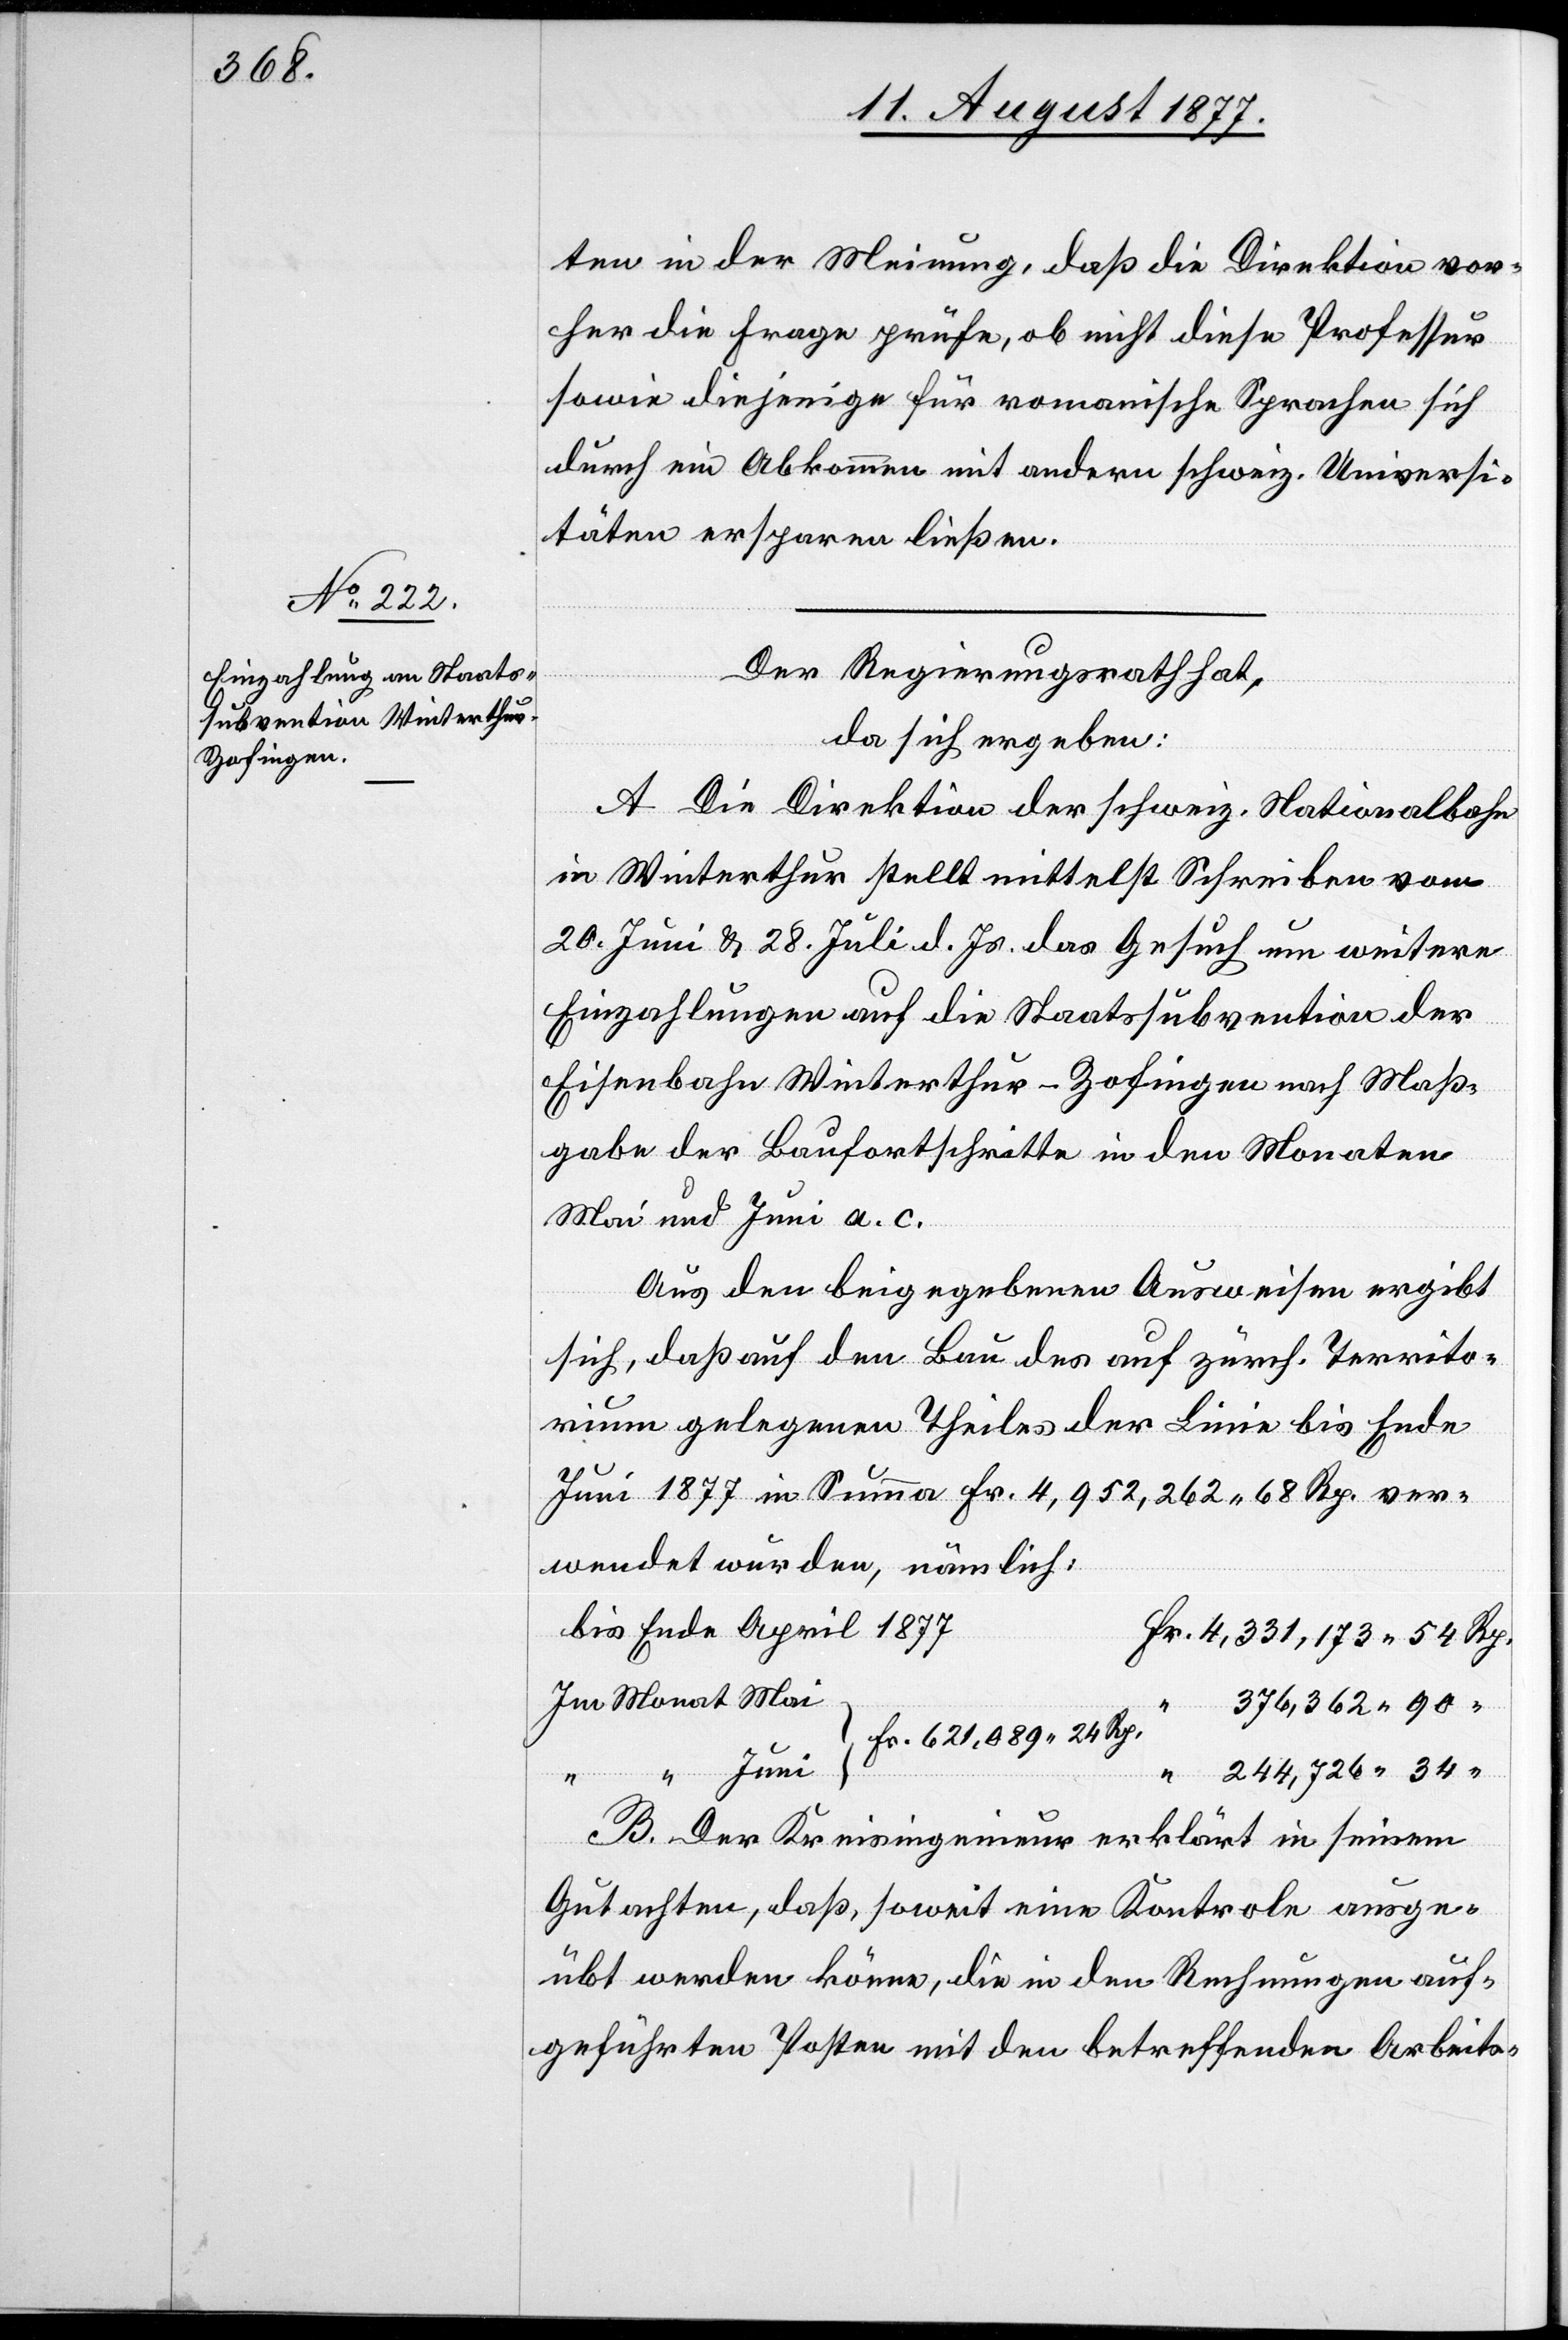
ten in der Meinung, daß die Direktion vor¬
her die Frage prüfe, ob nicht diese Professur
sowie diejenige für romanische Sprachen sich
durch ein Abkommen mit andern schweiz. Universi¬
täten ersparen ließen.
Der Regierungsrath hat,
da sich ergeben:
A. Die Direktion der schweiz. Nationalbahn
in Winterthur stellt mittelst Schreiben vom
20. Juni & 28. Juli d. Js. das Gesuch um weitere
Einzahlungen auf die Staatssubvention der
Eisenbahn Winterthur–Zofingen nach Maß¬
gabe der Baufortschritte in den Monaten
Mai und Juni a. c.
Aus den beigegebenen Ausweisen ergibt
sich, daß auf den Bau des auf zürch. Territo¬
rium gelegenen Theiles der Linie bis Ende
Juni 1877 in Summa Fr. 4,952,262 68 Rp. ver¬
wendet wurden, nämlich:
bis Ende April 1877
Fr. 4,331,173 54 Rp.
Im Monat Mai
376,362 90
Fr. 621,089 24 Rp.
244,726 34
“
“ “ Juni
B. Der Kreisingenieur erklärt in seinem
Gutachten, daß, soweit eine Kontrole ausge¬
übt werden könne, die in den Rechnungen auf¬
geführten Posten mit den betreffenden Arbeits-